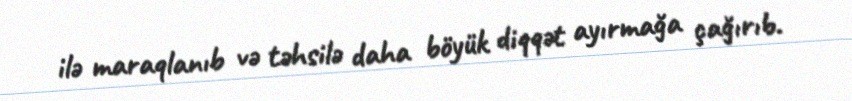
ilə maraqlanıb və təhsilə daha böyük diqqət ayırmağa çağırıb.